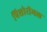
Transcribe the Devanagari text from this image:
पिशोरीमल